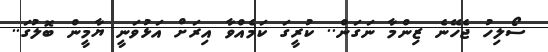
ސޯލިހު ޖެހޭނެ ޒިންމާ ނަގަން.. ކުރީގަ ކަމެއްވާ އިރަށް އަޅުވަނީ ޔާމީން ބޮލުގަ..